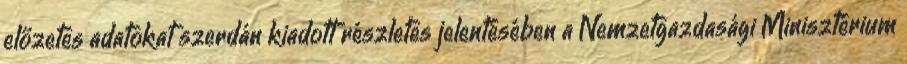
előzetes adatokat szerdán kiadott részletes jelentésében a Nemzetgazdasági Minisztérium